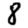
Digit: 8